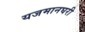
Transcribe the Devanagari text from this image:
यजमानघरी